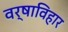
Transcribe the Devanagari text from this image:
वर्षाविहार